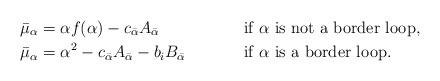
LaTeX: \begin{align*} \bar{\mu}_{\alpha} &= \alpha f(\alpha) - c_{\bar{\alpha}} A_{\bar{\alpha}} && \mbox{if $\alpha$ is not a border loop}, \!\!\!\!\!\!\!\!\!\!\! \\ \bar{\mu}_{\alpha} &= \alpha^2 - c_{\bar{\alpha}} A_{\bar{\alpha}} - b_i B_{\bar{\alpha}} \!\!\!\!\!\!\!\!\!\!\!\!\!\!\!\!\!\!\!\!\!\!\!\! && \mbox{if $\alpha$ is a border loop}.\end{align*}